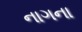
નાગના